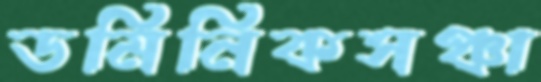
ডমিনিকসঞ্চা